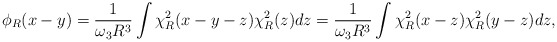
\begin{align*}\phi_R(x-y) =\frac{1}{\omega_3R^3}\int \chi^2_R(x-y-z) \chi^2_R(z) dz = \frac{1}{\omega_3R^3} \int \chi^2_R(x-z) \chi^2_R(y-z) dz,\end{align*}